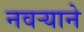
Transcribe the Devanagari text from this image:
नवर्‍याने